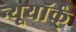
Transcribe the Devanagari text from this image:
न्यूयॉर्क्